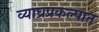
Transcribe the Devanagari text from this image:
व्याघ्रप्रकल्पात